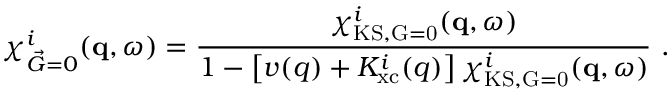
\chi _ { \vec { G } = 0 } ^ { i } ( \mathbf { q } , \omega ) = \frac { \chi _ { \mathrm { K S , \vec { G } = 0 } } ^ { i } ( \mathbf { q } , \omega ) } { 1 - \left[ v ( q ) + K _ { \mathrm { x c } } ^ { i } ( q ) \right] \chi _ { \mathrm { K S , \vec { G } = 0 } } ^ { i } ( \mathbf { q } , \omega ) } \ .